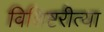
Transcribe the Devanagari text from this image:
विशिष्टरीत्या